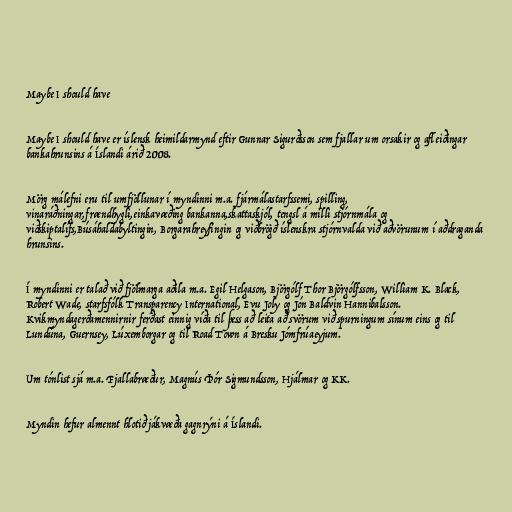
Maybe I should have

Maybe I should have er íslensk heimildarmynd eftir Gunnar Sigurðsson sem fjallar um orsakir og afleiðingar
bankahrunsins á Íslandi árið 2008.

Mörg málefni eru til umfjöllunar í myndinni m.a. fjármálastarfssemi, spilling,
vinaráðningar,frændhygli,einkavæðing bankanna,skattaskjól, tengsl á milli stjórnmála og
viðskiptalífs,Búsáhaldabyltingin, Borgarahreyfingin og viðbrögð íslenskra stjórnvalda við aðvörunum í aðdraganda
hrunsins.

Í myndinni er talað við fjölmarga aðila m.a. Egil Helgason, Björgólf Thor Björgólfsson, William K. Black,
Robert Wade, starfsfólk Transparency International, Evu Joly og Jón Baldvin Hannibalsson.
Kvikmyndagerðamennirnir ferðast einnig víða til þess að leita að svörum við spurningum sínum eins og til
Lundúna, Guernsey, Lúxemborgar og til Road Town á Bresku Jómfrúaeyjum.

Um tónlist sjá m.a. Fjallabræður, Magnús Þór Sigmundsson, Hjálmar og KK.

Myndin hefur almennt hlotið jákvæða gagnrýni á Íslandi.